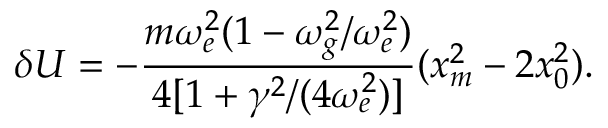
\delta U = - \frac { m \omega _ { e } ^ { 2 } ( 1 - \omega _ { g } ^ { 2 } / \omega _ { e } ^ { 2 } ) } { 4 [ 1 + \gamma ^ { 2 } / ( 4 \omega _ { e } ^ { 2 } ) ] } ( x _ { m } ^ { 2 } - 2 x _ { 0 } ^ { 2 } ) .